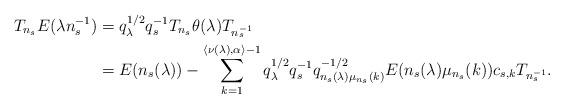
LaTeX: \begin{align*}T_{n_s}E(\lambda n_s^{-1}) & = q_\lambda^{1/2}q_s^{-1}T_{n_s}\theta(\lambda)T_{n_s^{-1}}\\& = E(n_s(\lambda)) - \sum_{k = 1}^{\langle \nu(\lambda),\alpha\rangle - 1}q_\lambda^{1/2}q_s^{-1}q_{n_s(\lambda)\mu_{n_s}(k)}^{-1/2}E(n_s(\lambda)\mu_{n_s}(k))c_{s,k}T_{n_s^{-1}}.\end{align*}